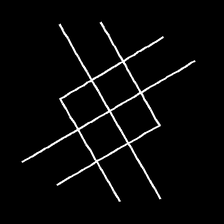
Glyph: crystal